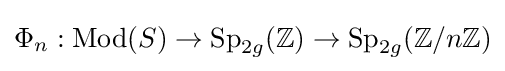
\Phi _{n}:\operatorname {Mod} (S)\to \operatorname {Sp} _{2g}(\mathbb {Z} )\to \operatorname {Sp} _{2g}(\mathbb {Z} /n\mathbb {Z} )